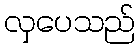
လှပေသည်